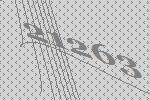
21263